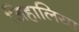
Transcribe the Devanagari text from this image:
जिहालिया